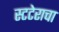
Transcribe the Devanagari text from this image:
स्टटेराचा